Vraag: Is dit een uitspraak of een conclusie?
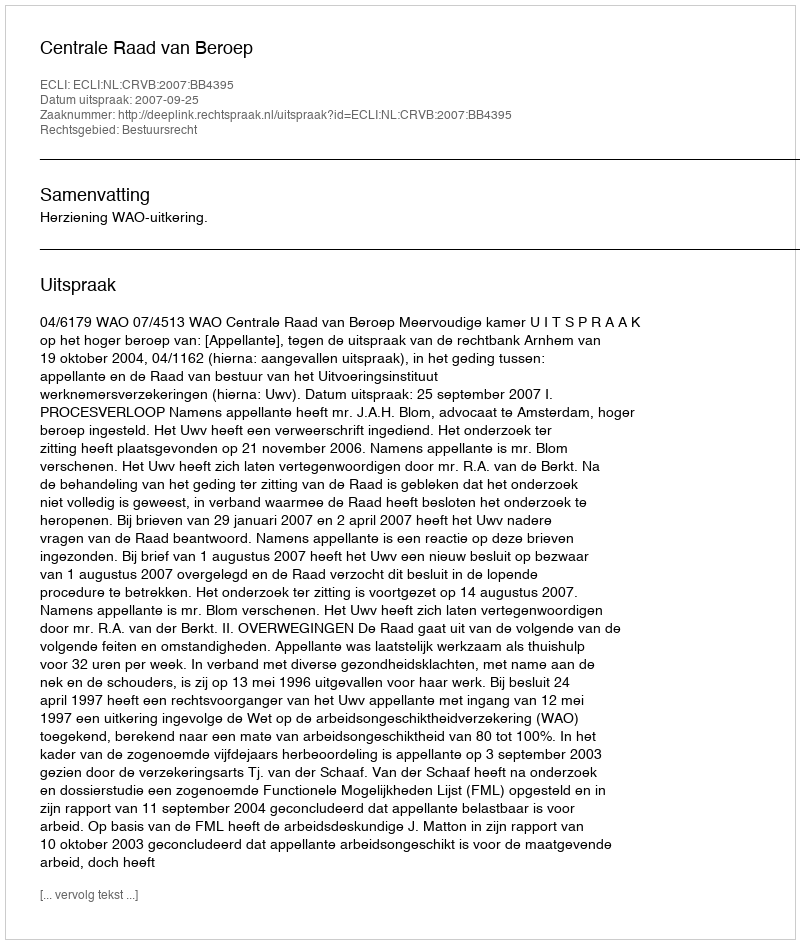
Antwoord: Uitspraak